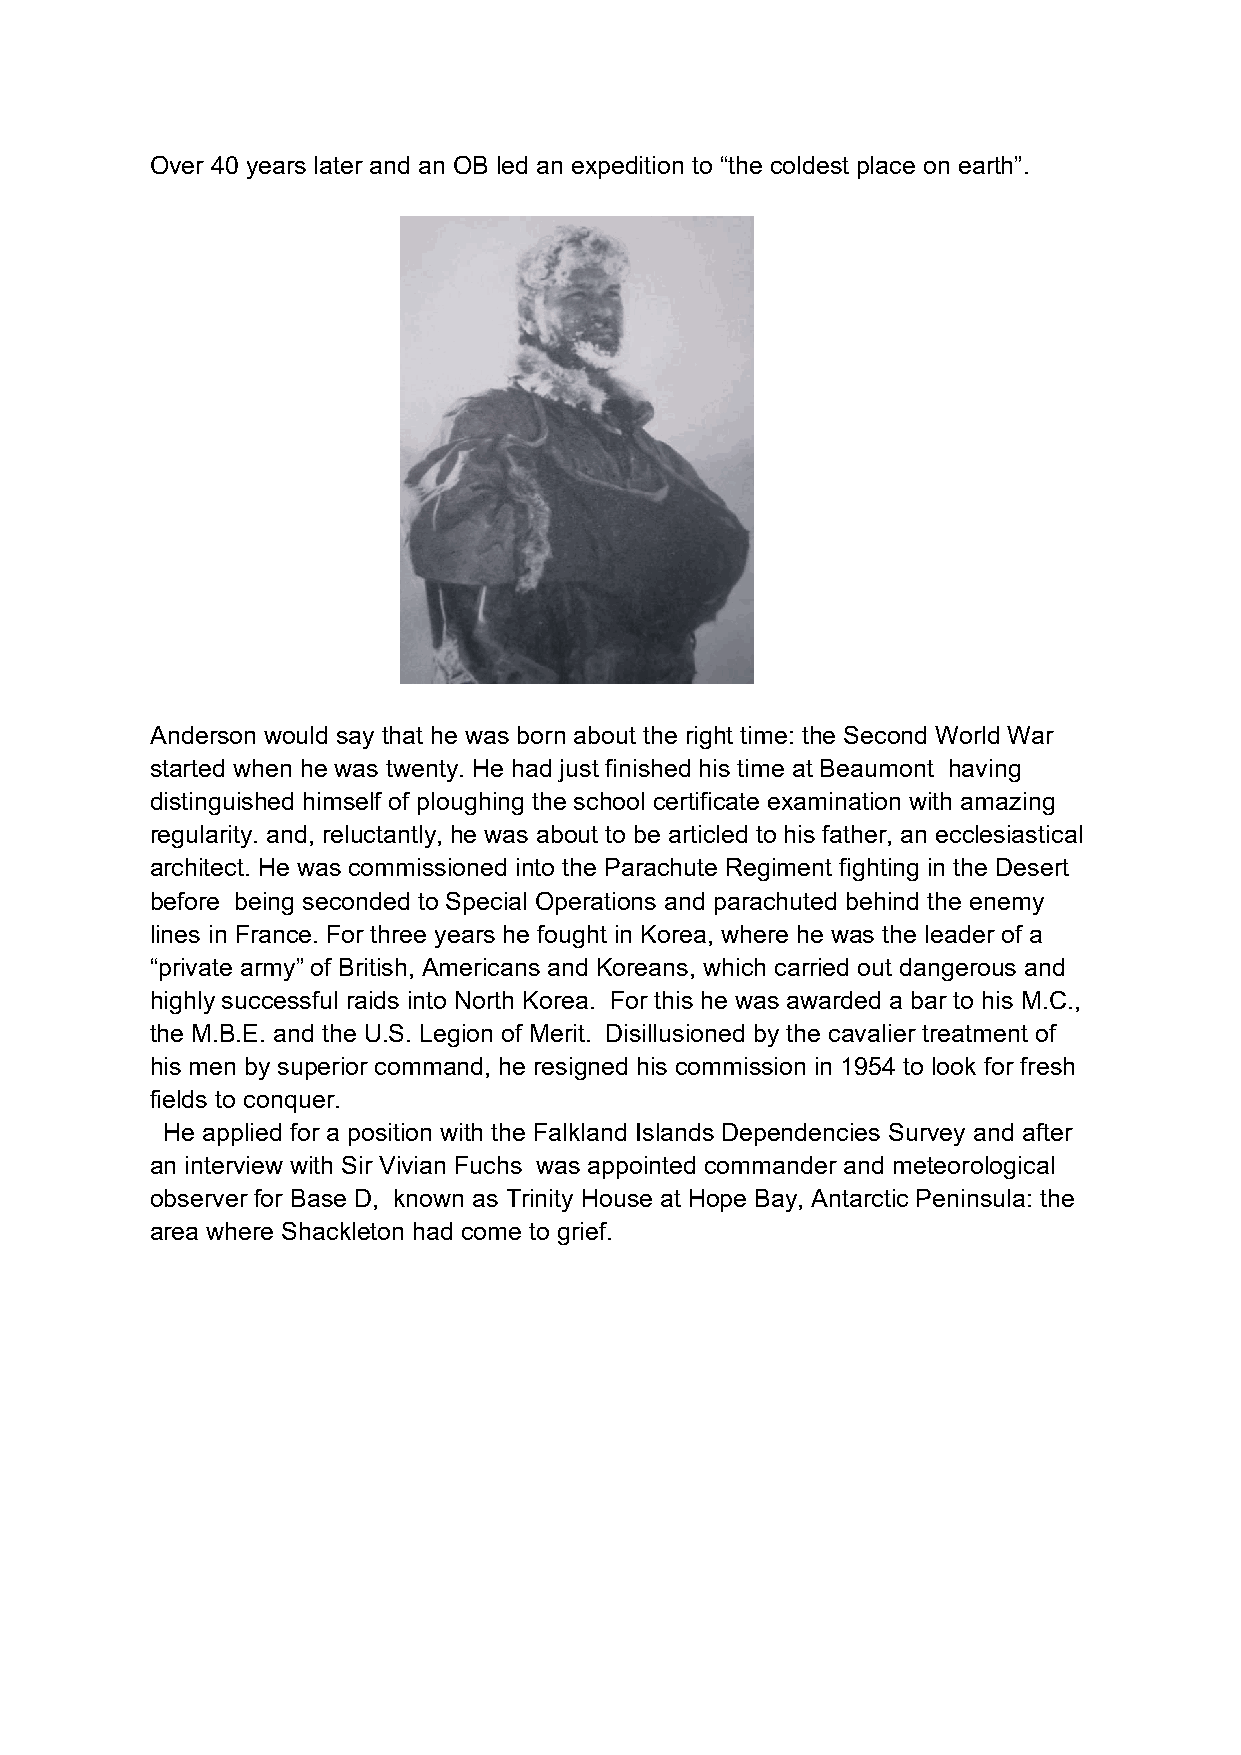
Over 40 years later and an OB led an expedition to “the coldest place on earth”.
 Anderson would say that he was born about the right time: the Second World War
 started when he was twenty. He had just finished his time at Beaumont having
 distinguished himself of ploughing the school certificate examination with amazing
 regularity. and, reluctantly, he was about to be articled to his father, an ecclesiastical
 architect. He was commissioned into the Parachute Regiment fighting in the Desert
 before being seconded to Special Operations and parachuted behind the enemy
 lines in France. For three years he fought in Korea, where he was the leader of a
 “private army” of British, Americans and Koreans, which carried out dangerous and
 highly successful raids into North Korea. For this he was awarded a bar to his M.C.,
 the M.B.E. and the U.S. Legion of Merit. Disillusioned by the cavalier treatment of
 his men by superior command, he resigned his commission in 1954 to look for fresh
 fields to conquer.
 He applied for a position with the Falkland Islands Dependencies Survey and after
 an interview with Sir Vivian Fuchs was appointed commander and meteorological
 observer for Base D, known as Trinity House at Hope Bay, Antarctic Peninsula: the
 area where Shackleton had come to grief.